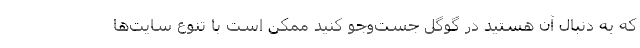
که به دنبال آن هستید در گوگل جست‌وجو کنید ممکن است با تنوع سایت‌ها